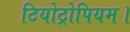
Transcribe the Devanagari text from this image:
टियोट्रोपियम।